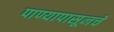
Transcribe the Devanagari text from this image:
पाण्यापासूनचे